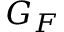
G _ { F }